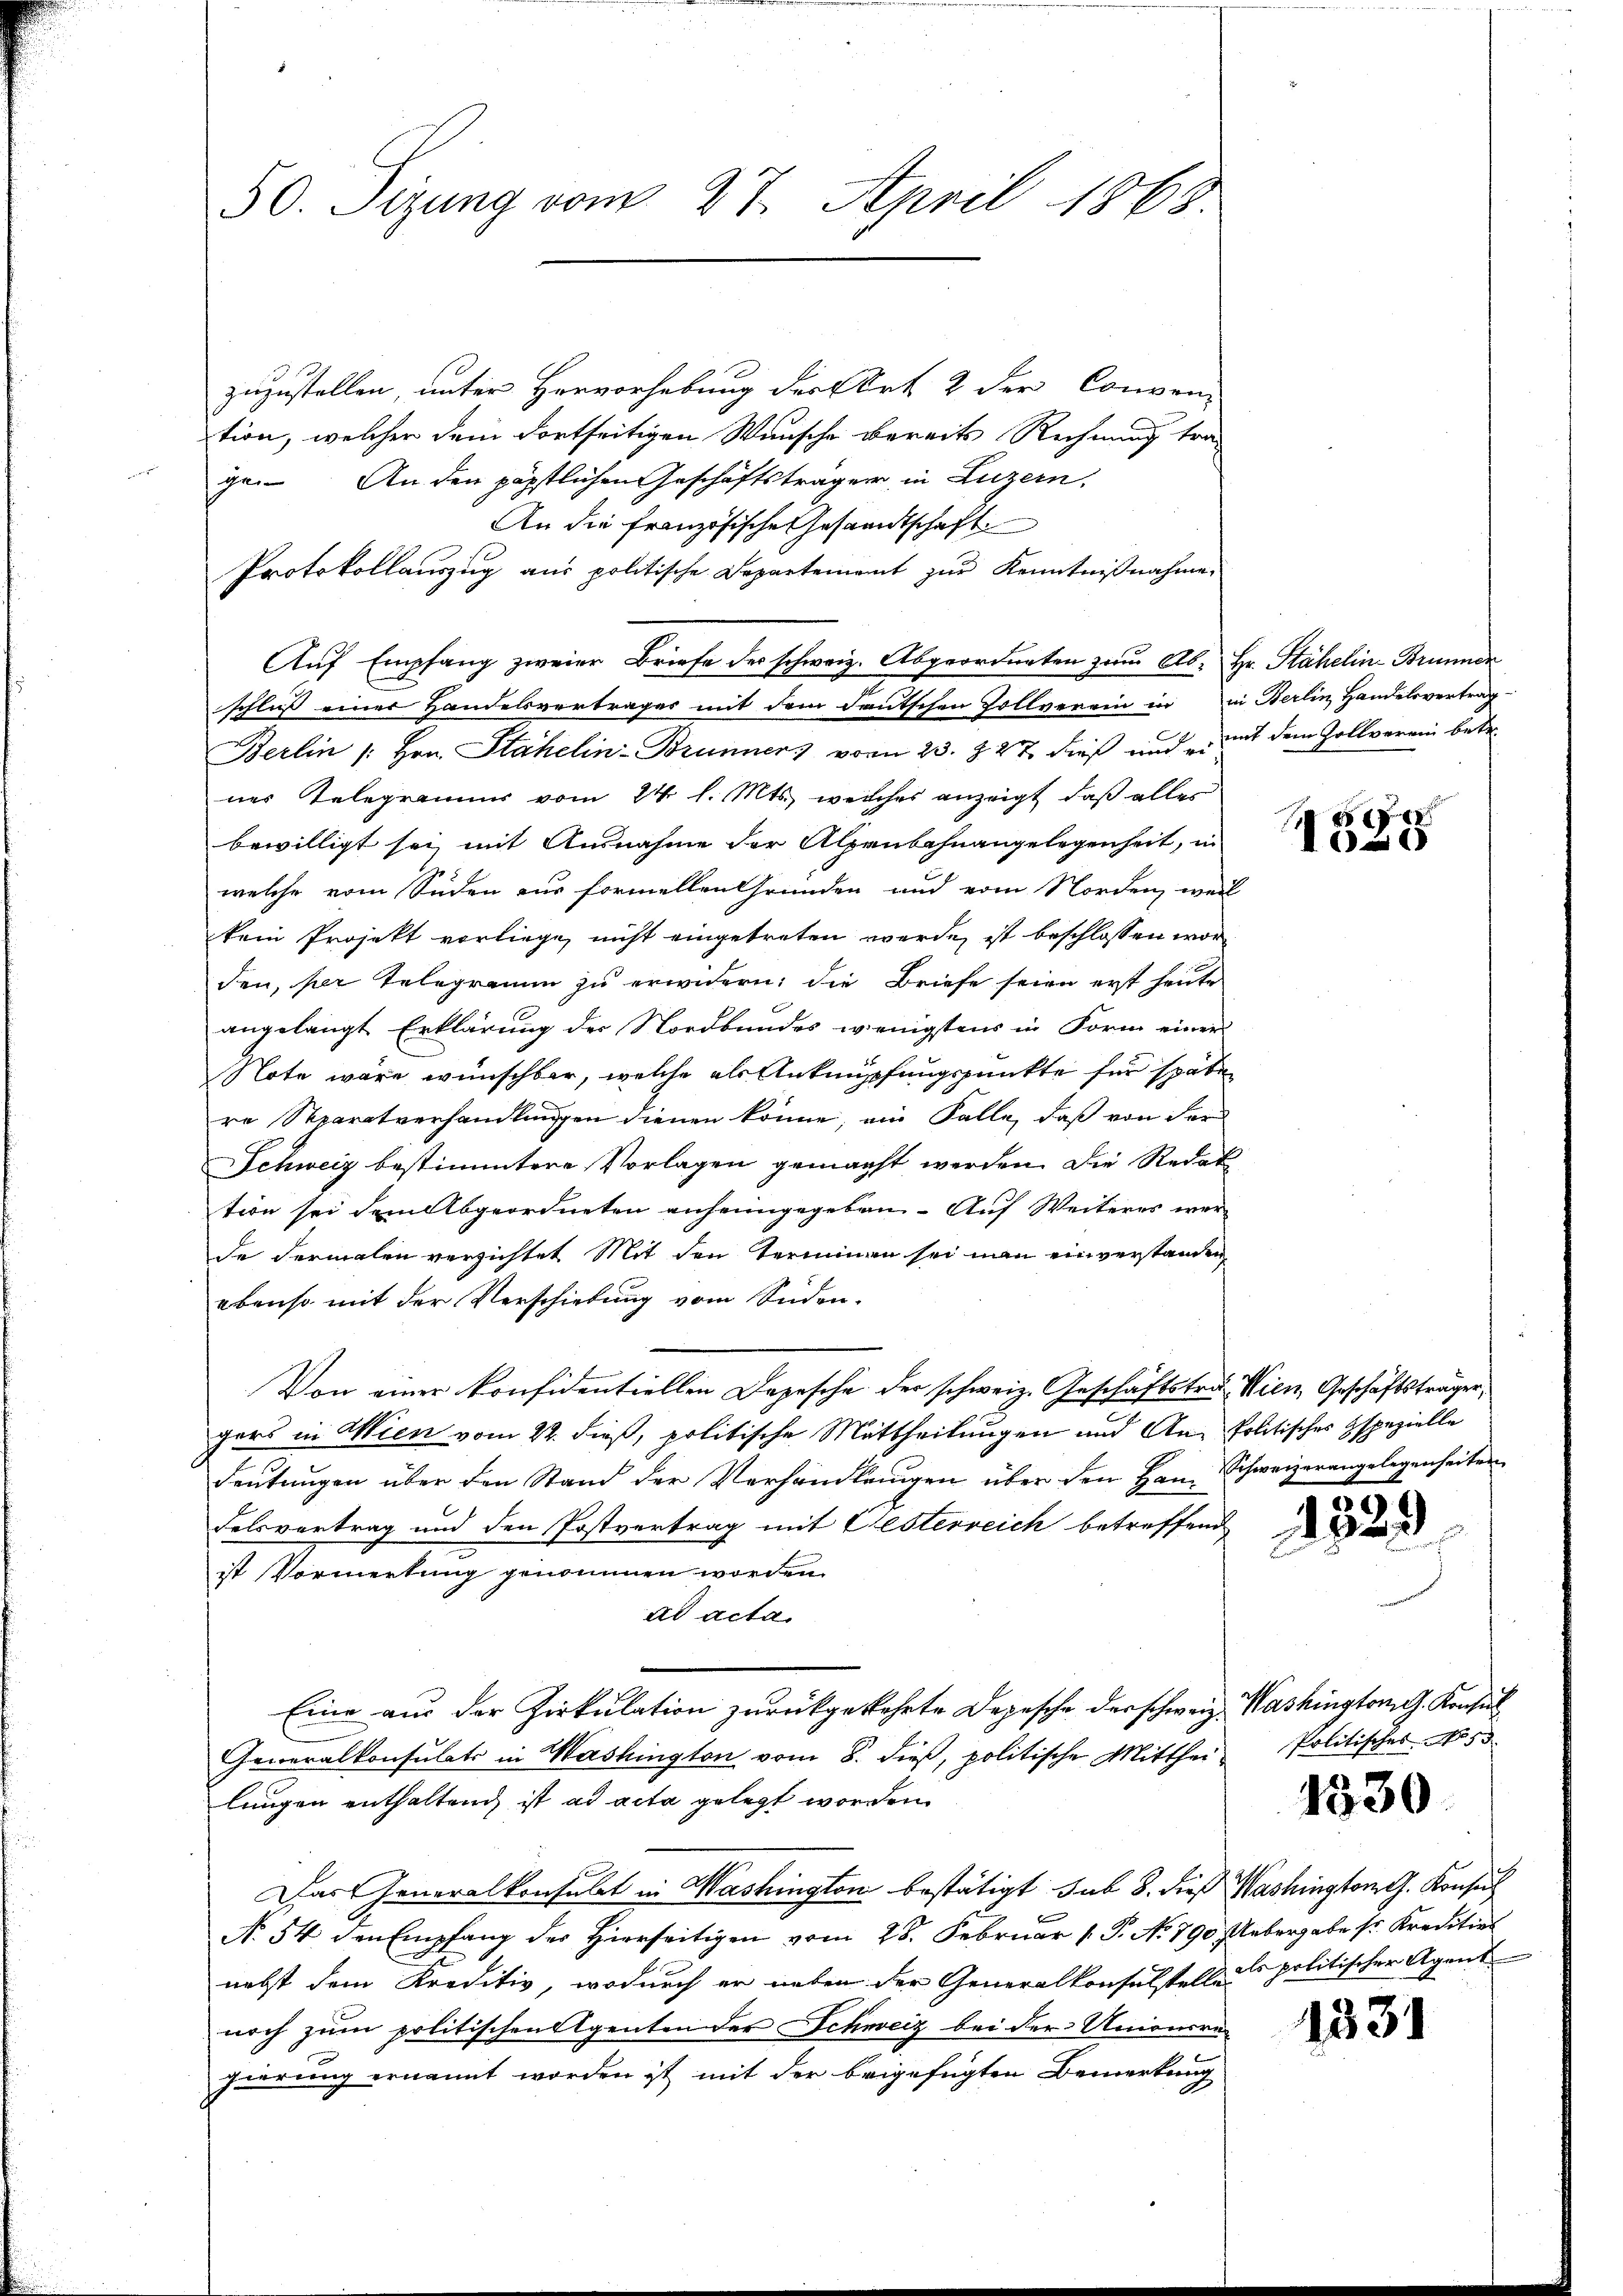
50. Sizung vom 27. April 1868

zuzustellen, unter Hervorhebung der Art. 2 der Conven-
tion, welcher dem Fortseitigen Wunsche bereits Rechnung trage. An den päpstlichen Geschäftsträger in Luzern,
An die französische Gesandtschaft
Protokollauszug aus politische Departement zur Kenntnißnahme,
schluß einer Handelsvertrages mit dem deutschen Zollverein in in Berlin Handelsvertrag-
Berlin /: Hrn. Stähelin-Brunner vom 23. Z. 47 dieß und mit dem Zollverein betr.
nes Telegramms vom 24 l. Mts., welches anzeigt, daß aller
bewilligt sei mit Ausnahme der Alpenbahnangelegenheit, in
welche vom Süden aus formellen Gründen und vom Norden, weil
kein Projekt vorliege, nicht eingetreten werde, ist beschlossen worden, der Telegramm zu erwidern; die Briefe seien erst heute
angelangt Erklärung der Nordbundes wenigstens in Form einer
Note wäre wünschbar, welche als Anknüpfungspunkte für späte
re Separatverhandlungen dienen könne, ein Falle, daß von der
Schweiz bestimmtere Vorlagen gemacht werden. Die Redak
tion sei dem Abgeordneten anheimgegeben. - Auf Weiteres werde dermalen verzichtet Mit den Terminen sei man einverstanden
ebenso mit der Verschiebung vom Süden-
Von einer Konfidentiellen Depesche der schweiz. Geschäftstra- Wien, Geschäftsträgen,
gers in Wien vom 22. dieß, politische Mittheilungen und An- Politisches spezielle
Feŭtŭngen über den Stand der Verhandlungen über den Hrn. Schweizerangelegenheiten
Felsvertrag und den Postvertrag mit Gesterreich betreffend
st Vormerkung genommen worden.
ad acta.
Eine aus der Zirkulation zurückgekehrte Depesche der schweiz. Washington G. Konsul
Generalkonsulats in Washington vom 8. dieß, politische Mittheilungen enthaltend ist ad acta gelegt worden
Das Generalkonsulat in Washington bestätigt sub 8. dieß Washington G. Konsul
No. 54 den Empfang der Hierseitigen vom 28. Februar 1. P. No 790. Uebergabe sr. Kreditier
nebst dem Kreditiv, wodurch er neben der Generalkonsulstelle es politischer Agent
noch zum politischen Agenten der Schweiz bei der Unionsregierung ernannt worden ist mit der beigefügten Bemerkung

Auf Empfang zweier Briefe des schweiz. Abgeordneten zum Ab- Hr. Stähelin-Brunner

e
2

1529

Politischer No. 53

1830.

1331